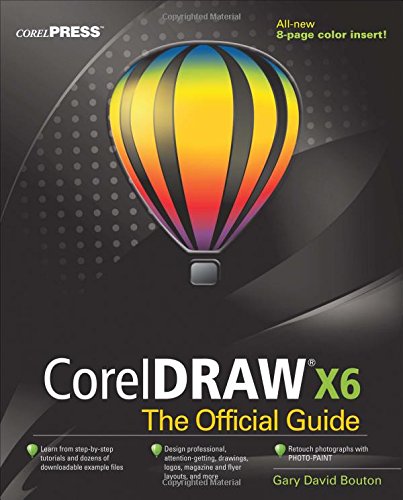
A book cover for CorelDRAW X6 The Official Guide; Gary David Bouton; Arts & Photography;